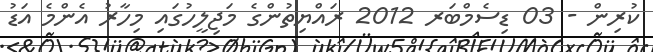
ކުރިން - 03 ޑިސެމްބަރ 2012 ރައްޔިތުންގެ މަޖިލީހުގައި މިހާރު އެންމެ އަޑު